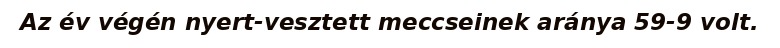
Az év végén nyert-vesztett meccseinek aránya 59-9 volt.